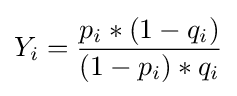
Y_{i}={\frac {p_{i}*(1-q_{i})}{(1-p_{i})*q_{i}}}